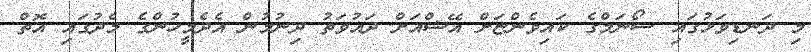
މި ދަނޑިވަޅުގައި ސޯނަމްގެ ކައިވެންޏަށް އޭޝްއަށް ދައުވަތު ދިނުމުން އެދެމީހުންގެ މެދުގައި އޮތް